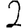
Digit: 2